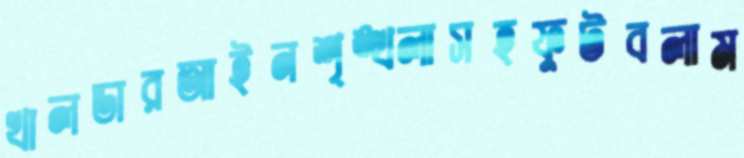
খালডারআইনশৃঙ্খলাসহফুটবলাম